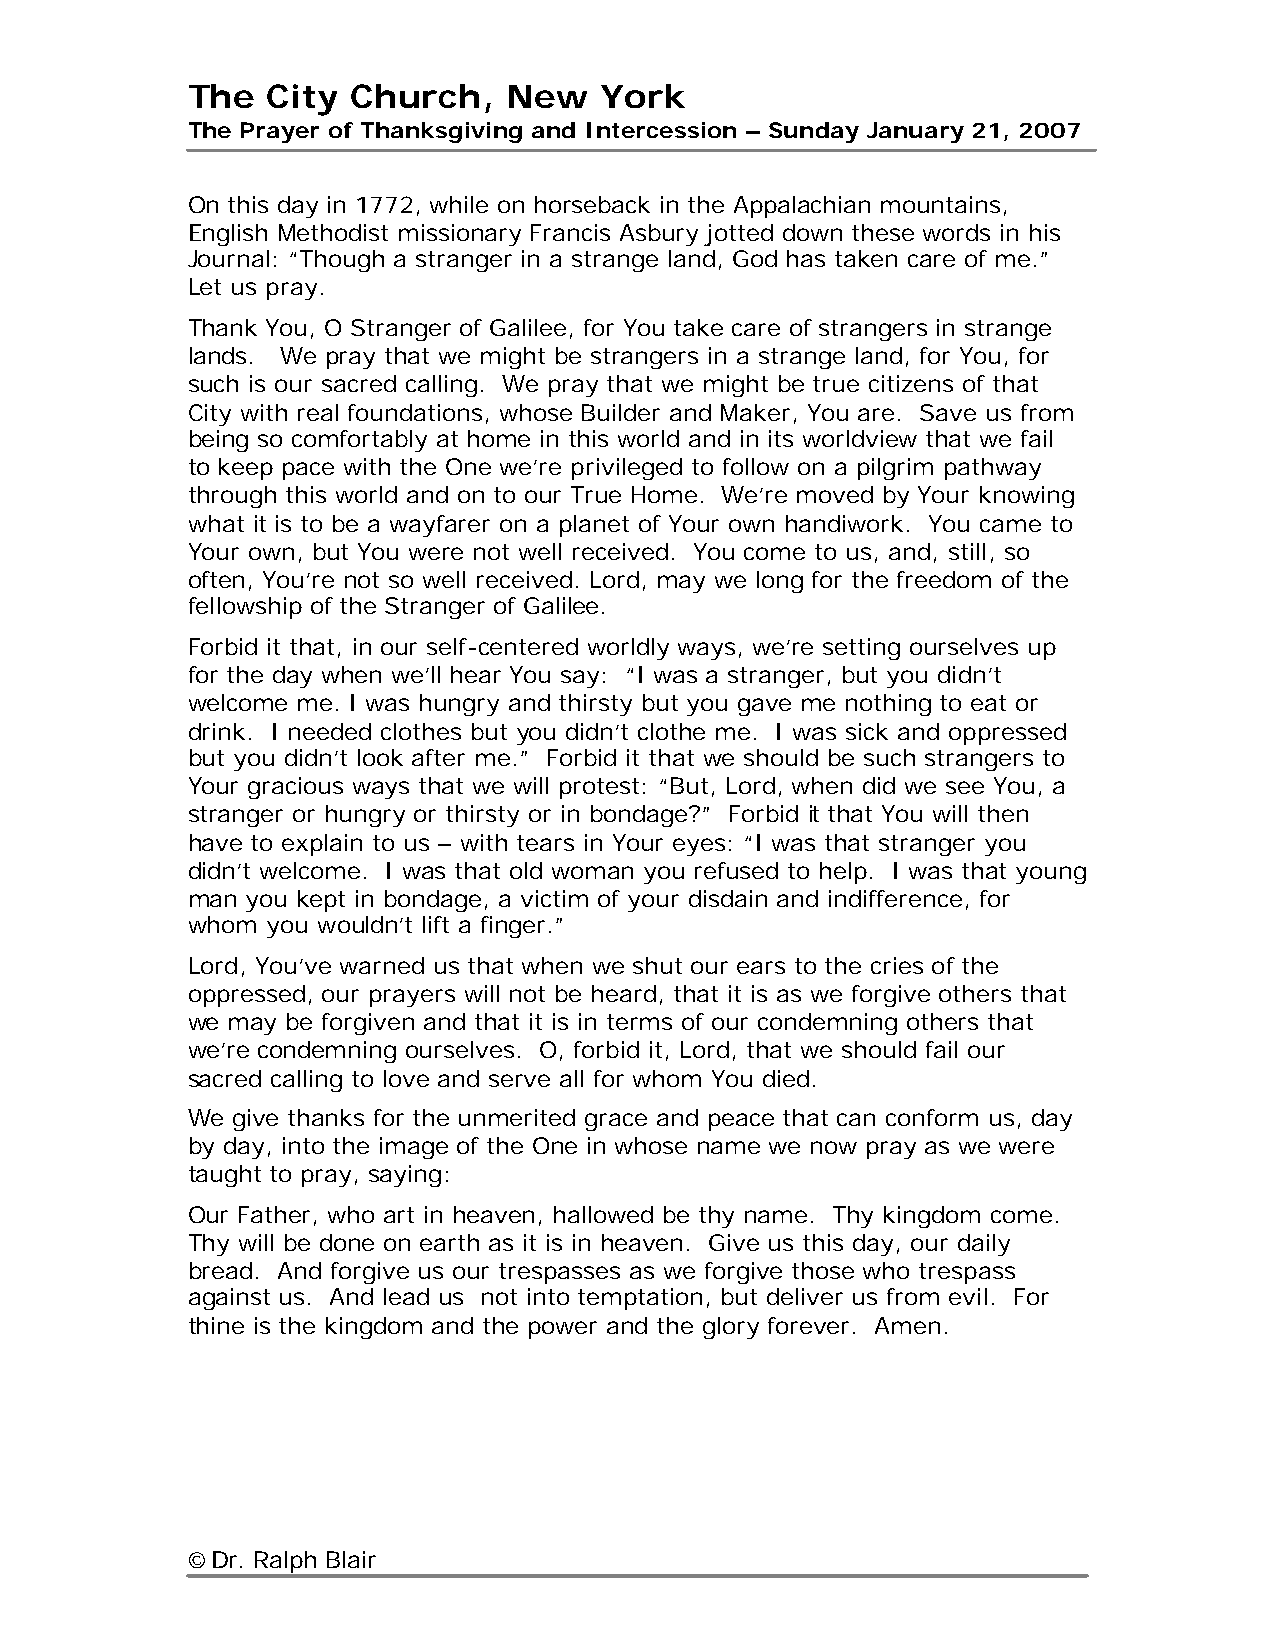
The   City Church,   New    York
 The Prayer of Thanksgiving and Intercession – Sunday January 21, 2007
 On this day in 1772, while on horseback in the Appalachian mountains,
 English Methodist missionary Francis Asbury jotted down these words in his
 Journal: “Though a stranger in a strange land, God has taken care of me.”
 Let us pray.
 Thank You, O Stranger of Galilee, for You take care of strangers in strange
 lands. We pray that we might be strangers in a strange land, for You, for
 such is our sacred calling. We pray that we might be true citizens of that
 City with real foundations, whose Builder and Maker, You are. Save us from
 being so comfortably at home in this world and in its worldview that we fail
 to keep pace with the One we’re privileged to follow on a pilgrim pathway
 through this world and on to our True Home. We’re moved by Your knowing
 what it is to be a wayfarer on a planet of Your own handiwork. You came to
 Your own, but You were not well received. You come to us, and, still, so
 often, You’re not so well received. Lord, may we long for the freedom of the
 fellowship of the Stranger of Galilee.
 Forbid it that, in our self-centered worldly ways, we’re setting ourselves up
 for the day when we’ll hear You say: “I was a stranger, but you didn’t
 welcome me. I was hungry and thirsty but you gave me nothing to eat or
 drink. I needed clothes but you didn’t clothe me. I was sick and oppressed
 but you didn’t look after me.” Forbid it that we should be such strangers to
 Your gracious ways that we will protest: “But, Lord, when did we see You, a
 stranger or hungry or thirsty or in bondage?” Forbid it that You will then
 have to explain to us – with tears in Your eyes: “I was that stranger you
 didn’t welcome. I was that old woman you refused to help. I was that young
 man you kept in bondage, a victim of your disdain and indifference, for
 whom  you wouldn’t lift a finger.”
 Lord, You’ve warned us that when we shut our ears to the cries of the
 oppressed, our prayers will not be heard, that it is as we forgive others that
 we may be forgiven and that it is in terms of our condemning others that
 we’re condemning ourselves. O, forbid it, Lord, that we should fail our
 sacred calling to love and serve all for whom You died.
 We give thanks for the unmerited grace and peace that can conform us, day
 by day, into the image of the One in whose name we now pray as we were
 taught to pray, saying:
 Our Father, who art in heaven, hallowed be thy name. Thy kingdom come.
 Thy will be done on earth as it is in heaven. Give us this day, our daily
 bread. And forgive us our trespasses as we forgive those who trespass
 against us. And lead us not into temptation, but deliver us from evil. For
 thine is the kingdom and the power and the glory forever. Amen.
 © Dr. Ralph Blair